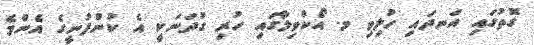
ގޮތުގައި އަނދައި ހުލިވި މ. އޯކްވިލާގައި ހުރި ގުދަނަކީ އެ ކުންފުނީގެ އެންމެ